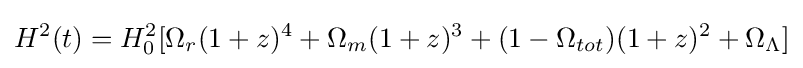
H^{2}(t)=H_{0}^{2}[\Omega _{r}(1+z)^{4}+\Omega _{m}(1+z)^{3}+(1-\Omega _{tot})(1+z)^{2}+\Omega _{\Lambda }]